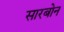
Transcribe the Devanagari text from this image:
सारबोन